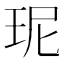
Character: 𤤗